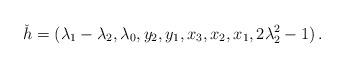
LaTeX: \begin{align*}\check h=(\lambda_1 - \lambda_2, \lambda_0, y_{2}, y_{1}, x_{3}, x_{2}, x_{1}, 2\lambda_2^2 - 1)\,.\end{align*}